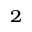
^ 2